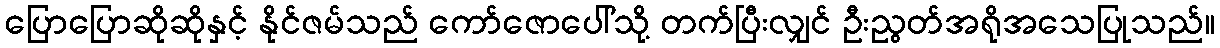
ပြောပြောဆိုဆိုနှင့် နိုင်ဇမ်သည် ကော်ဇောပေါ်သို့ တက်ပြီးလျှင် ဦးညွတ်အရိုအသေပြုသည်။